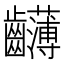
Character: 𪚂